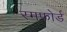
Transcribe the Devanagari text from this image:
रमफोर्ड